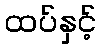
ထပ်နှင့်